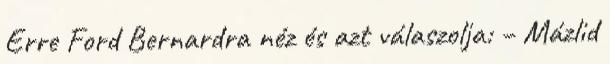
Erre Ford Bernardra néz és azt válaszolja: – Mázlid